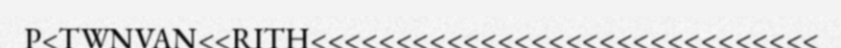
P<TWNVAN<<RITH<<<<<<<<<<<<<<<<<<<<<<<<<<<<<<